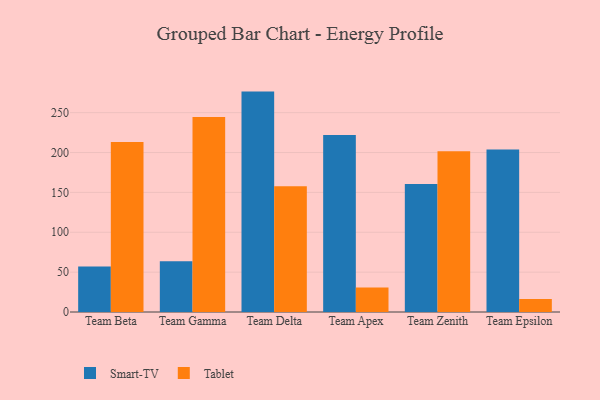
{"axis": {"x": "Team", "y": "Revenue (USD Million)"}, "legend": ["Smart-TV", "Tablet"], "data": [{"x": "Team Beta", "y": 57.0, "type": "Smart-TV"}, {"x": "Team Beta", "y": 213.1, "type": "Tablet"}, {"x": "Team Gamma", "y": 63.7, "type": "Smart-TV"}, {"x": "Team Gamma", "y": 244.5, "type": "Tablet"}, {"x": "Team Delta", "y": 276.4, "type": "Smart-TV"}, {"x": "Team Delta", "y": 157.6, "type": "Tablet"}, {"x": "Team Apex", "y": 221.9, "type": "Smart-TV"}, {"x": "Team Apex", "y": 30.8, "type": "Tablet"}, {"x": "Team Zenith", "y": 160.6, "type": "Smart-TV"}, {"x": "Team Zenith", "y": 201.6, "type": "Tablet"}, {"x": "Team Epsilon", "y": 203.9, "type": "Smart-TV"}, {"x": "Team Epsilon", "y": 16.2, "type": "Tablet"}]}